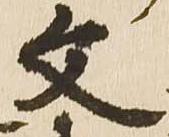
文